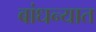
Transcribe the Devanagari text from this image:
बांधन्यात